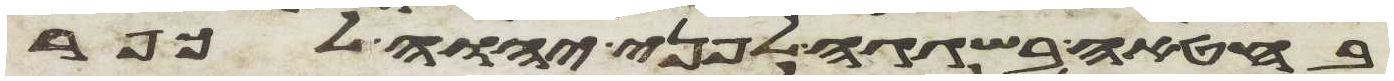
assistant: בחטאה בשגגה לפני יהוה לכפר